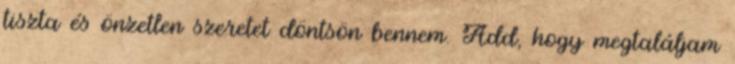
tiszta és önzetlen szeretet döntsön bennem. Add, hogy megtaláljam